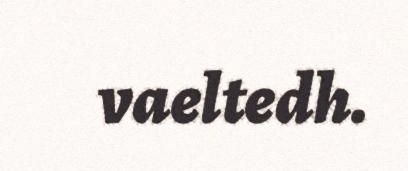
vaeltedh.